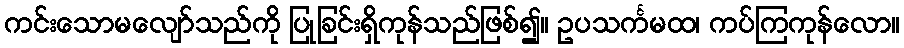
ကင်းသောမလျော်သည်ကို ပြုခြင်းရှိကုန်သည်ဖြစ်၍။ ဥပသင်္ကမထ၊ ကပ်ကြကုန်လော။